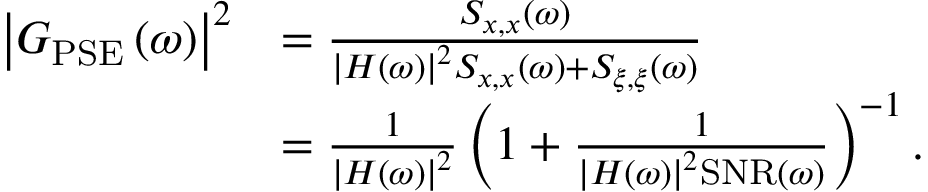
\begin{array} { r } { \begin{array} { r l } { \bigl | G _ { \mathrm { P S E } } \left( \omega \right) \bigr | ^ { 2 } } & { = \frac { S _ { x , x } \left( \omega \right) } { \left| H \left( \omega \right) \right| ^ { 2 } S _ { x , x } \left( \omega \right) + S _ { \xi , \xi } \left( \omega \right) } } \\ & { = \frac { 1 } { \left| H \left( \omega \right) \right| ^ { 2 } } \left( 1 + \frac { 1 } { \left| H \left( \omega \right) \right| ^ { 2 } \mathrm { S N R } \left( \omega \right) } \right) ^ { - 1 } . } \end{array} } \end{array}